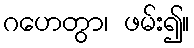
ဂဟေတွာ၊ ဖမ်း၍။